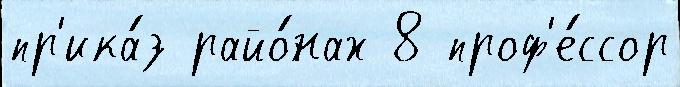
пр'ика́з райо́нах 8 проф'е́ссор